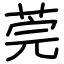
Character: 莞